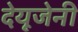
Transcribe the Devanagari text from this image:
देयूजेनी